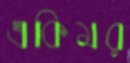
একিমর